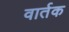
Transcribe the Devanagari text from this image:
वार्तक